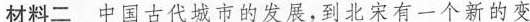
材料二 中国古代城市的发展，到北宋有一个新的变